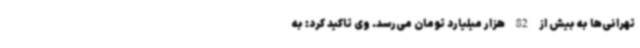
تهرانی‌ها به بیش از 82 هزار میلیارد تومان می‌رسد. وی تاکید کرد: به